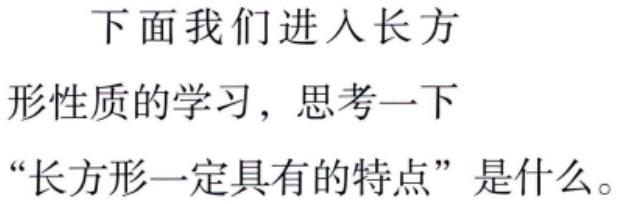
下面我们进入长方

形性质的学习，思考一下

“长方形一定具有的特点”是什么。